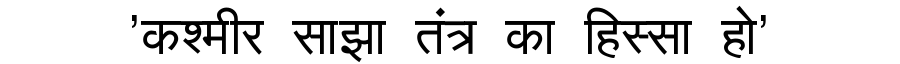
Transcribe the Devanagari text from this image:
'कश्मीर साझा तंत्र का हिस्सा हो'